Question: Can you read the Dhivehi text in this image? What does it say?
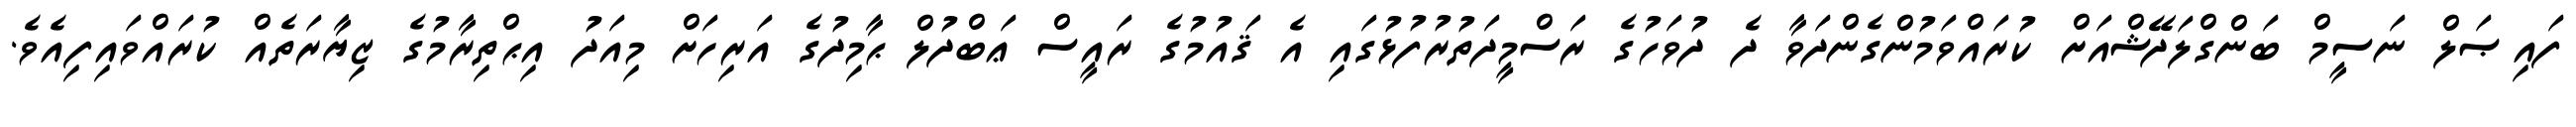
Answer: ފައިޞަލް ނަސީމް ބަންގްލަދޭޝްއަށް ކުރައްވަމުންގެންދަވާ ދެ ދުވަހުގެ ރަސްމީދަތުރުފުޅުގައި އެ ޤައުމުގެ ރައީސް ޢަބްދުލް ޙާމިދުގެ އަރިހަށް މިއަދު އިޙްތިރާމުގެ ޒިޔާރަތެއް ކުރައްވައިފިއެވެ.